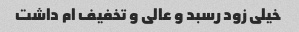
خیلی زود رسبد و عالی و تخفیف ام داشت